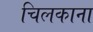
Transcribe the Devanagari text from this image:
चिलकाना